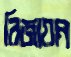
রিজায়ান